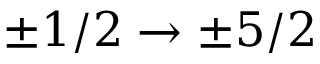
\pm 1 / 2 \rightarrow \pm 5 / 2